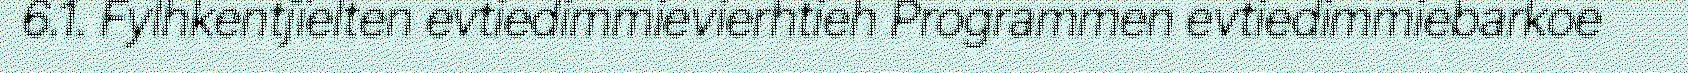
6.1. Fylhkentjïelten evtiedimmievierhtieh Programmen evtiedimmiebarkoe